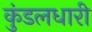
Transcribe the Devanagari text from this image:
कुंडलधारी